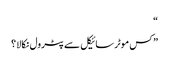
“
” کس موٹر سائیکل سے پٹرول نکالا ؟